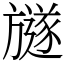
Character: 𣄚